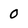
Character: 0